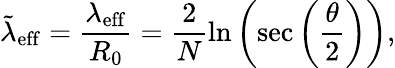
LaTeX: \tilde{\lambda}_{\mathrm{eff}}=\frac{\lambda_{\mathrm{eff}}}{R_{0}}=\frac{2}{N}\ln\left(\sec\left(\frac{\theta}{2}\right)\right),